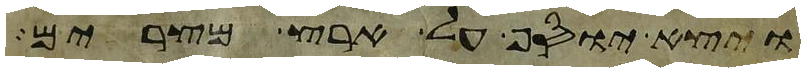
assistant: ויצא יוסף על ארץ מצרים